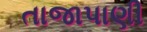
તાજાપાણી